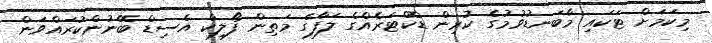
މިކަމަށް ޓަކައި މާބަނޑުވުމުގެ ކުރިން ޑޮކްޓަރެއްގެ ލަފާގެ މަތިން ފޯލިކް އެސިޑް ބޭނުންކުރައްވަން